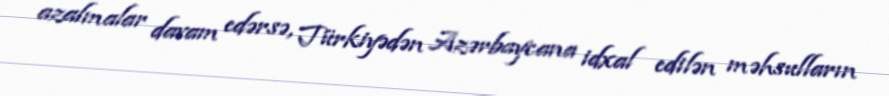
azalmalar davam edərsə, Türkiyədən Azərbaycana idxal edilən məhsulların